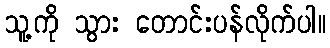
သူ့ကို သွား တောင်းပန်လိုက်ပါ။